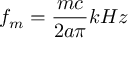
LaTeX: f _ { m } = { \frac { m c } { 2 a \pi } } k H z